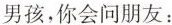
男孩,你会问朋友: